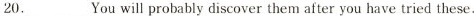
20.___You will probably discover them after you have tried these.